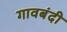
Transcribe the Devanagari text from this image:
गावबंदी